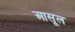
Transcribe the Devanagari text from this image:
आसूल